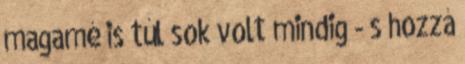
magamé is túl sok volt mindig - s hozzá